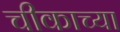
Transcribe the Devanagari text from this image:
चीकाच्या